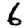
Digit: 6